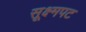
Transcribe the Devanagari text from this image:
सूक्ष्मपट